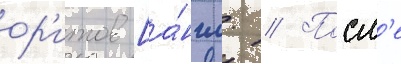
ор'итов [а́нгл. // Посл'е